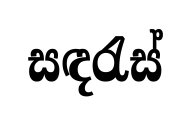
සඳරැස්